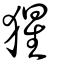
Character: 猩